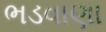
ભડવાણા